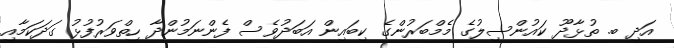
އަދި ބ. ތުޅާދޫ ކައުންސިލުގެ މެމްބަރުންގެ ކިބައިން އަބަދުވެސް ފެންނަމުންދާ ހިތްވަރުފުޅު ގަދަކަމާއި